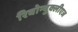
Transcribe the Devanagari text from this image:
रिबोन्युक्लीएज